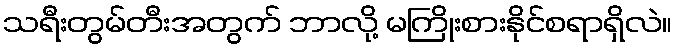
သရီးတွမ်တီးအတွက် ဘာလို့ မကြိုးစားနိုင်စရာရှိလဲ။